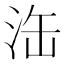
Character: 𣳬